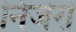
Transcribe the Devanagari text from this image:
निर्जरों